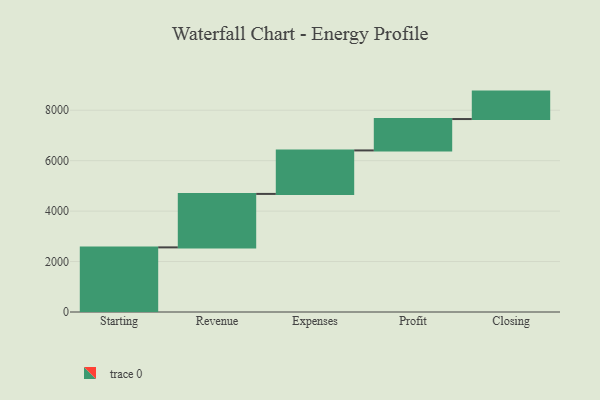
{"axis": {"x": "Step", "y": "Value"}, "legend": [""], "data": [{"x": "Starting", "y": 2562.0, "type": ""}, {"x": "Revenue", "y": 2120.0, "type": ""}, {"x": "Expenses", "y": 1724.0, "type": ""}, {"x": "Profit", "y": 1244.0, "type": ""}, {"x": "Closing", "y": 1088.0, "type": ""}]}